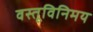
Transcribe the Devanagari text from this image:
वस्तूविनिमय